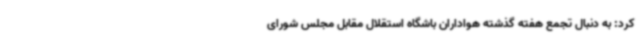
کرد: به دنبال تجمع هفته گذشته هواداران باشگاه استقلال مقابل مجلس شورای